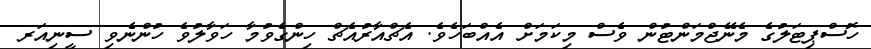
ހޮސްޕިޓަލުގެ މެނޭޖްމަންޓުން ވެސް މިކަމަށް އެއްބަހެވެ. އެޗްއާރުއެޗް ހިންގެވުމާ ހަވާލުވެ ހުންނެވި ސީނިއަރ